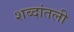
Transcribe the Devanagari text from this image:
शब्दांतली